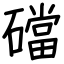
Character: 礑